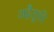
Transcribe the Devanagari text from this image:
अहैतुकी